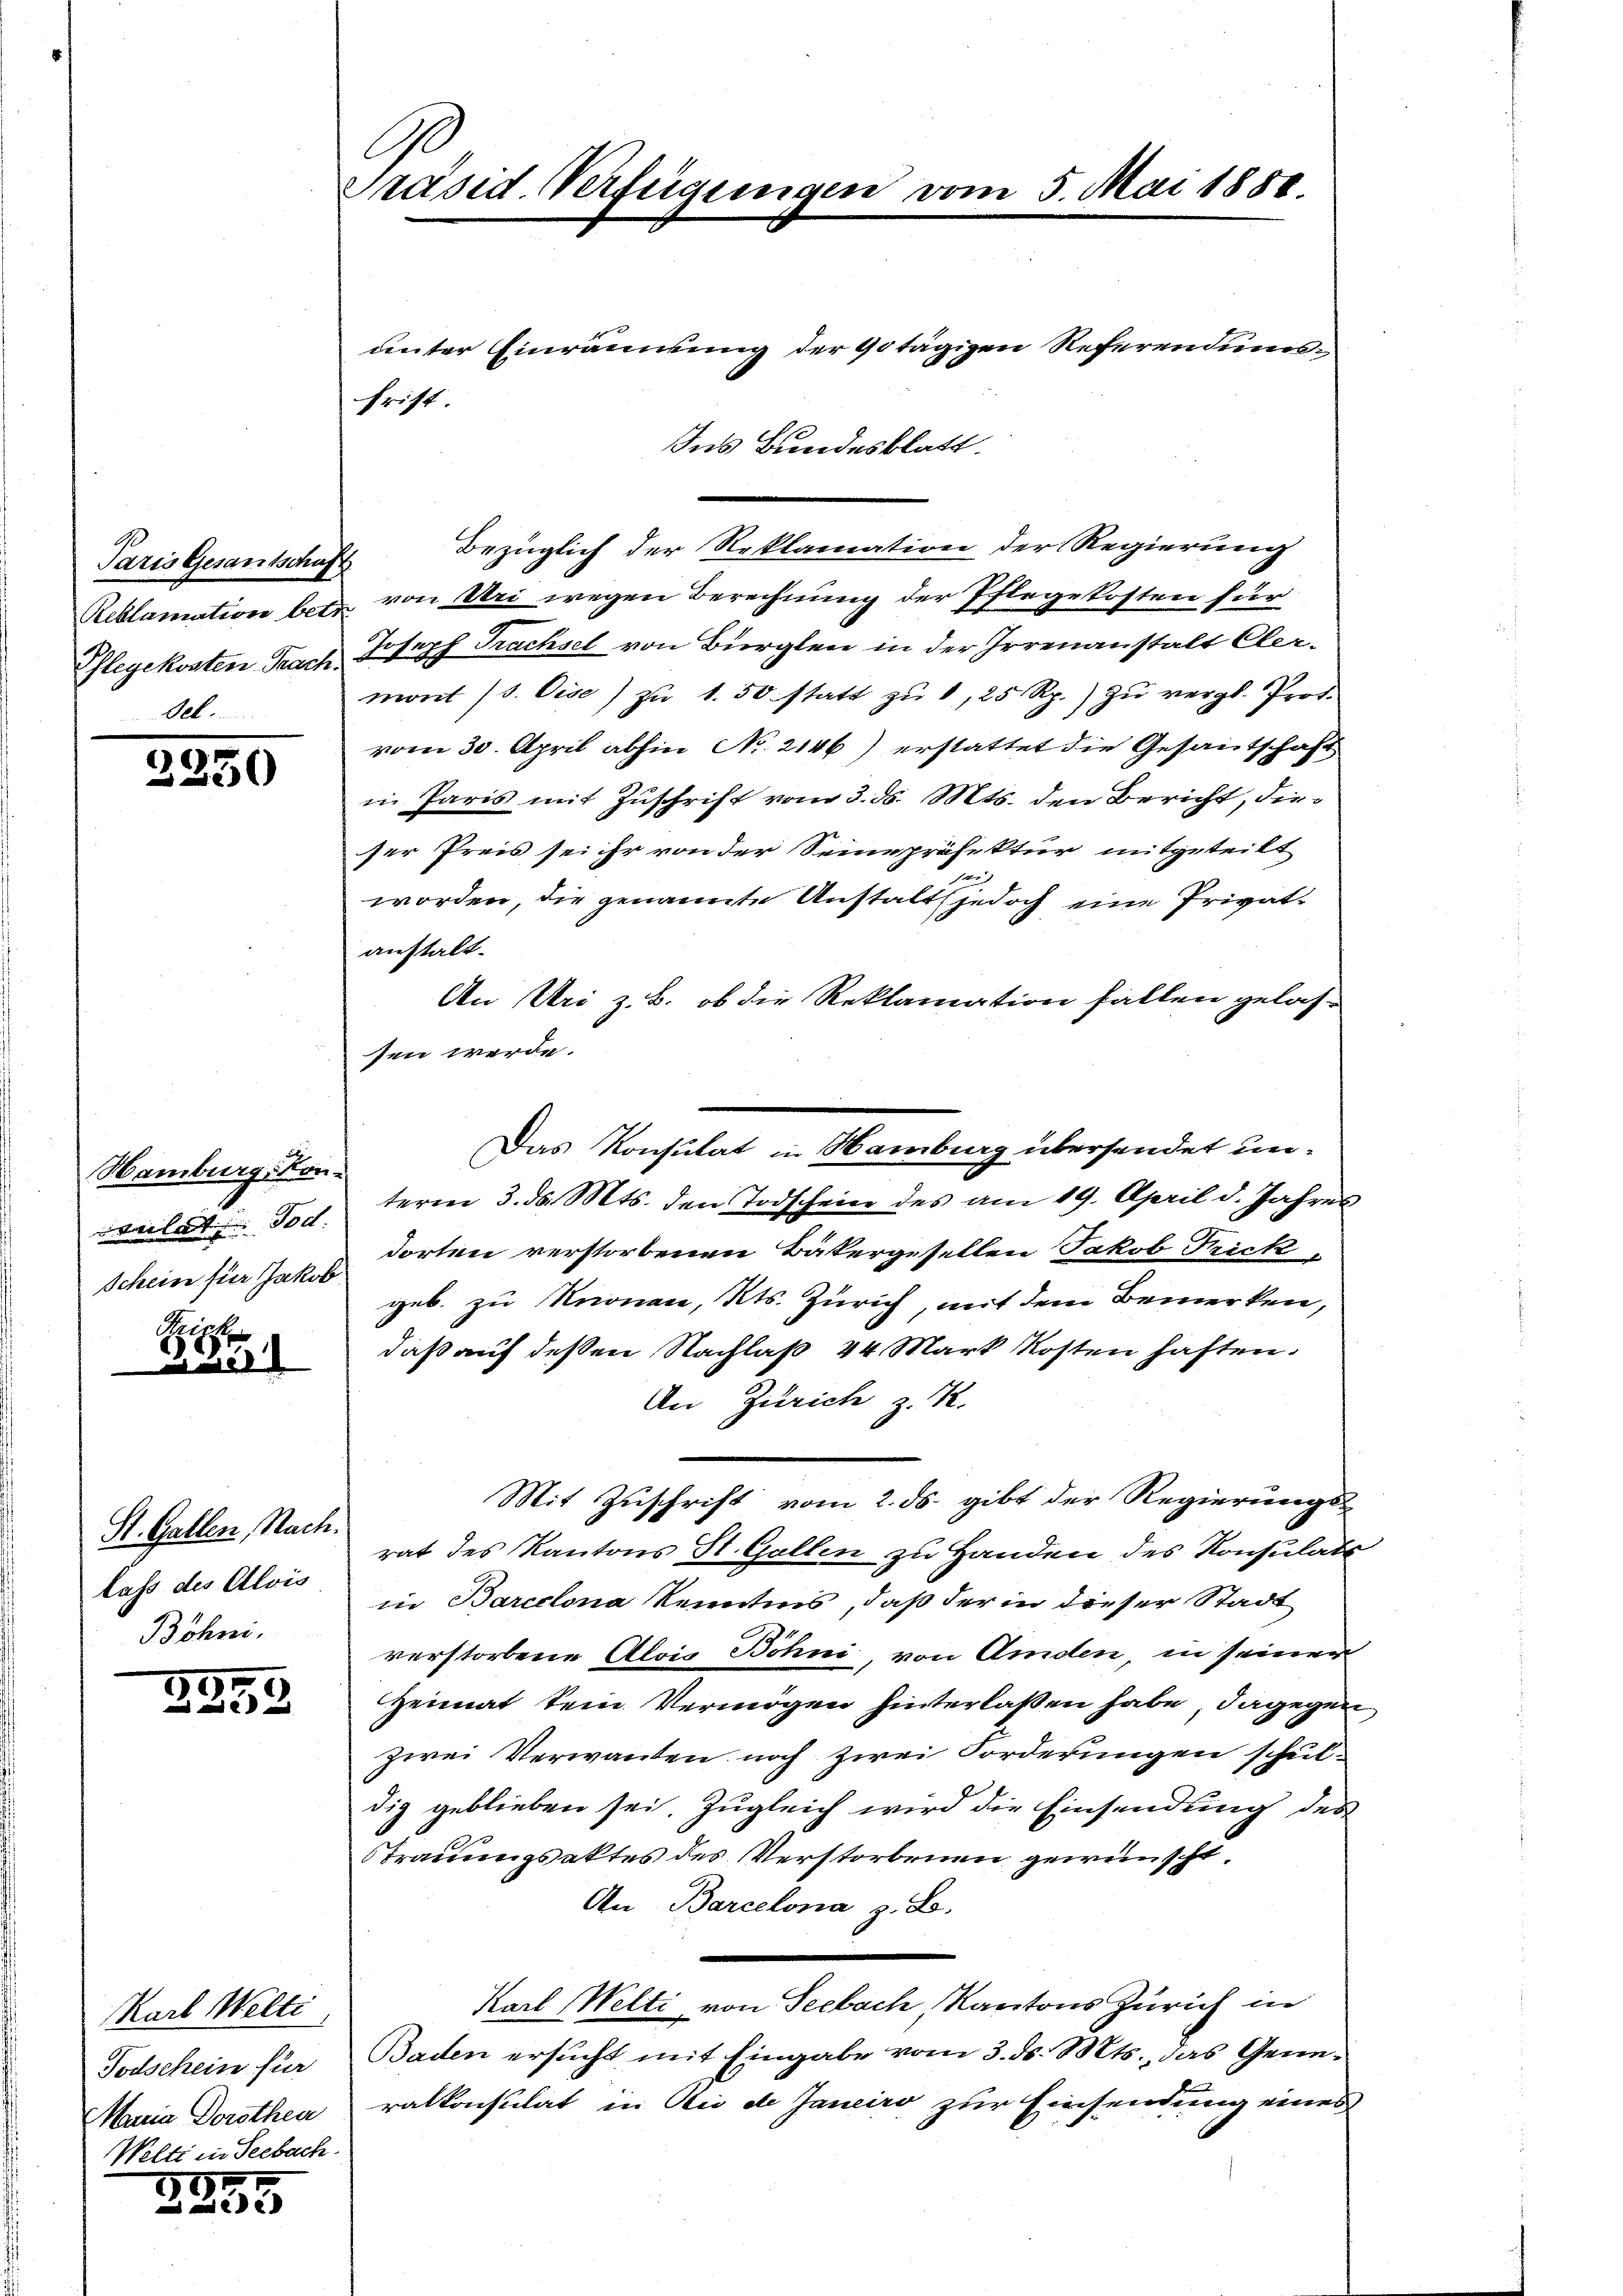
Paris Gesantschus
Pflegekosten Prach.
sel.

2250

Hamburg, Kon-
ulat Tod.

Episte
el

St. Gallen, Nach.
Lass des Alois
Böhni.

7
xx

Karl Welti
Todschein für
Maria Dorothen
Welti in Seebach.

93
 Aide

Ge
Präsid. Verfügungen vom 5. Mai 1888.

unter Einräumung der 40 tägigen Referendungs¬
Ins Bundesblatt.
Bezüglich der Reklamation der Regierung
.
Reblamation betr. von Uri wegen Berechnung der Pflegekosten für
Joseph Trachsel von Bürgler in der Irrenanstalt Clermont (s. Eise zŭ 1.50 statt zŭ 1, 25 Rp. zŭ vergl. Prof.
vom 30. April abhin No. 2146) erstattet die Gesantschaft
in Paris mit Zuschrift vom 3. ds. Mts. den Bericht, dieser Preis sei ihr von der Seine präfektur mitgeteilt
worden, die genannte Anstalt jedoch eine Privatanstalt.
An Uri z. B. ob die Reklamation fallen gelassen werde.
teren 3. ds. Mts. den Todschein des am 19. April d. Jahres
Schein für Jak. u. dorten verstorbenen Bäkergesellen Jakob Frick,
geb. zu Knonau, Kts. Zürich, mit dem Bemerken,
daß auf deßen Nachlaß 44 Mark Kosten haften.
An Zürich z. K.
Mit Zuschrift vom 2. ds. gibt der Regierungs-
rat des Kantons St. Gallen zu Handen des Konsulats
in Barcelona Kenntnis, daß der in dieser Stadt
verstorbene Alois Böhni, von Amden, in seiner
Heimat sein Vermögen hinterlaßen habe, dagegen
zwei Verwanden noch zwei Forderungen schuldig geblieben sei. Zugleich wird die Einsendung des
STrauungsaktes des Verstorbenen gewünscht,
An Barcelona z. B.
Karl Welti von Seebach, Kantons Zürich in
Baden ersucht mit Eingabe vom 3. ds. Mts., das Generalkonsulat in Rio de Janeiro zur Einsendung eines

frist.

n
Das Konsulat in Hamburg übersendet un¬